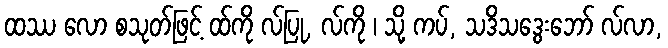
ထဿ လော စသုတ်ဖြင့် ထ်ကို လ်ပြု, လ်ကို ၊ သို့ ကပ်, သဒိသဒွေးဘော် လ်လာ,